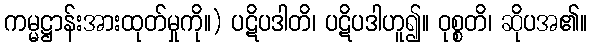
ကမ္မဋ္ဌာန်းအားထုတ်မှုကို။) ပဋိပဒါတိ၊ ပဋိပဒါဟူ၍။ ဝုစ္စတိ၊ ဆိုပအ၏။